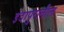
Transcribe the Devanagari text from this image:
इंदापुरातील